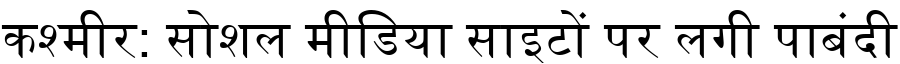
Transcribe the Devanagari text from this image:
कश्मीर: सोशल मीडिया साइटों पर लगी पाबंदी